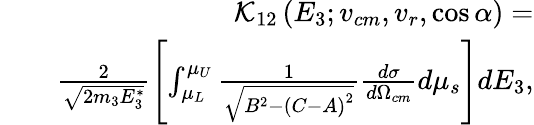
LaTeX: \begin{array}{rlr}&{}&{\mathcal{K}_{12}\left(E_{3};v_{cm},v_{r},\cos\alpha\right)=}\\ &{}&{\frac{2}{\sqrt{2m_{3}E_{3}^{*}}}\left[\int_{\mu_{L}}^{\mu_{U}}\frac{1}{\sqrt{B^{2}-\left(C-A\right)^{2}}}\frac{d\sigma}{d\Omega_{cm}}d\mu_{s}\right]dE_{3},}\end{array}